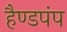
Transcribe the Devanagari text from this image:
हैण्डपंप